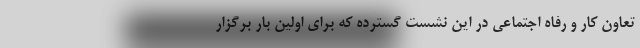
تعاون کار و رفاه اجتماعی در این نشست گسترده که برای اولین بار برگزار